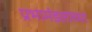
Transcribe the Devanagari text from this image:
प्रभामंडलाच्या